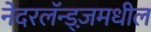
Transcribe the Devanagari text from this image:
नेदरलॅन्ड्ज़मधील